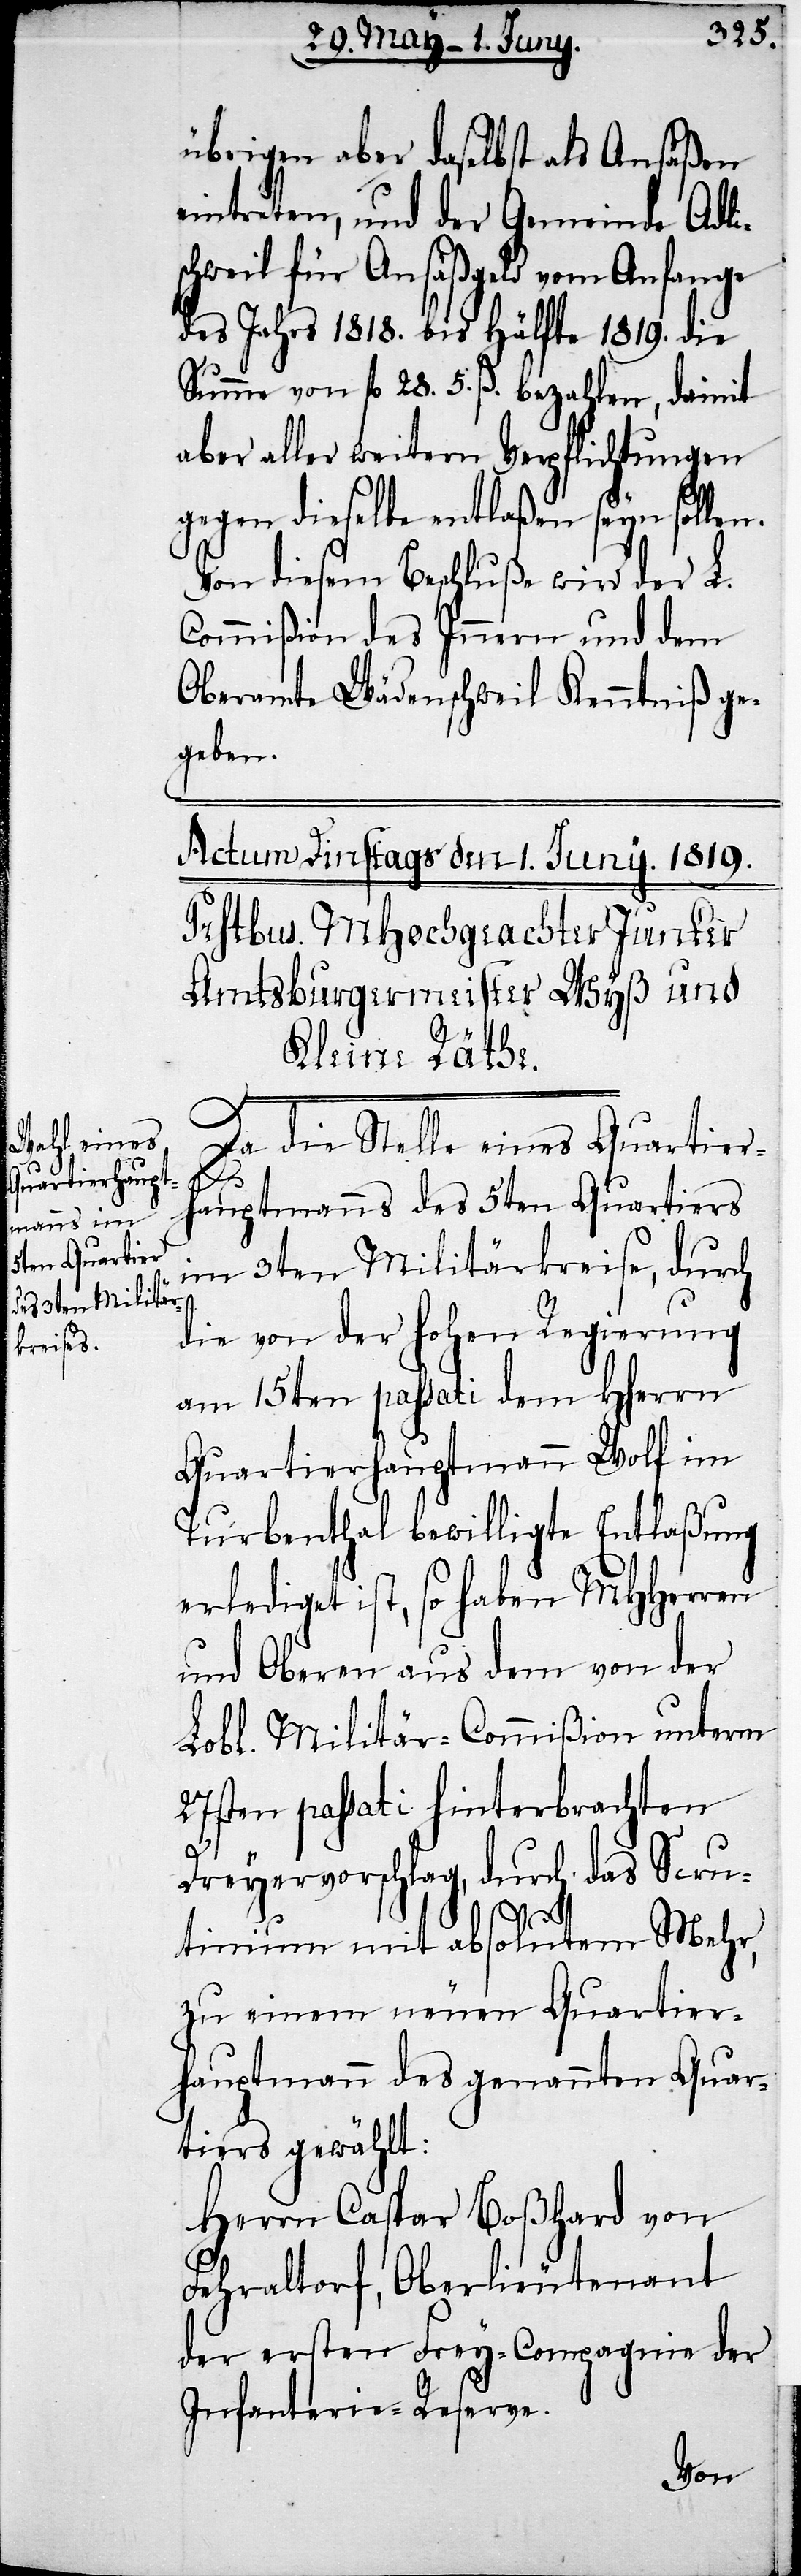
übrigen aber daselbst als Ansäßen
eintreten, und der Gemeinde Adlis¬
chweil für Ansäßgeld vom Anfange
des Jahrs 1818. bis Hälfte 1819. die
Summe von fl. 28. 5. ß. bezahlen, damit
aber aller weitern Verpflichtungen
gegen dieselbe entlaßen seyn sollen.
Von diesem Beschluße wird der L.
Commißion des Innern und dem
Oberamte Wädenschweil Kenntniß ge¬
geben.
Da die Stelle eines Quartier¬
hauptmanns des 5ten Quartiers
im 3ten Militärkreise, durch
die von der hohe Regierung
am 15ten passati dem HHerrn
Quartierhauptmann Wolf im
Turbenthal bewilligte Entlaßung
erlediget ist, so haben MHHerren
und Oberen aus dem von der
Lobl. Militär-Commißion unterm
27sten passati hinterbrachten
Dreyervorschlag, durch das Scru¬
tinium mit absolutem Mehr,
zu einem neuen Quartier¬
hauptmann des genannten Quar¬
tiers gewählt:
Herrn Capar Boßhard von
Fehraltorf, Oberlieutenant
der ersten Frey-Compagnie der
Infanterie-Reserve.